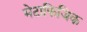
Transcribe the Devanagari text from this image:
मेटाफिजिक